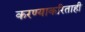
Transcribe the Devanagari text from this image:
करण्याकरिताही